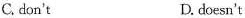
C. don't D. doesn't